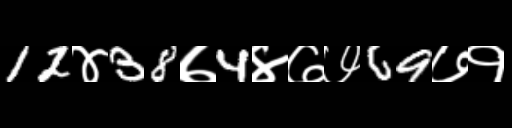
Text: 12४38७4४७७69७१